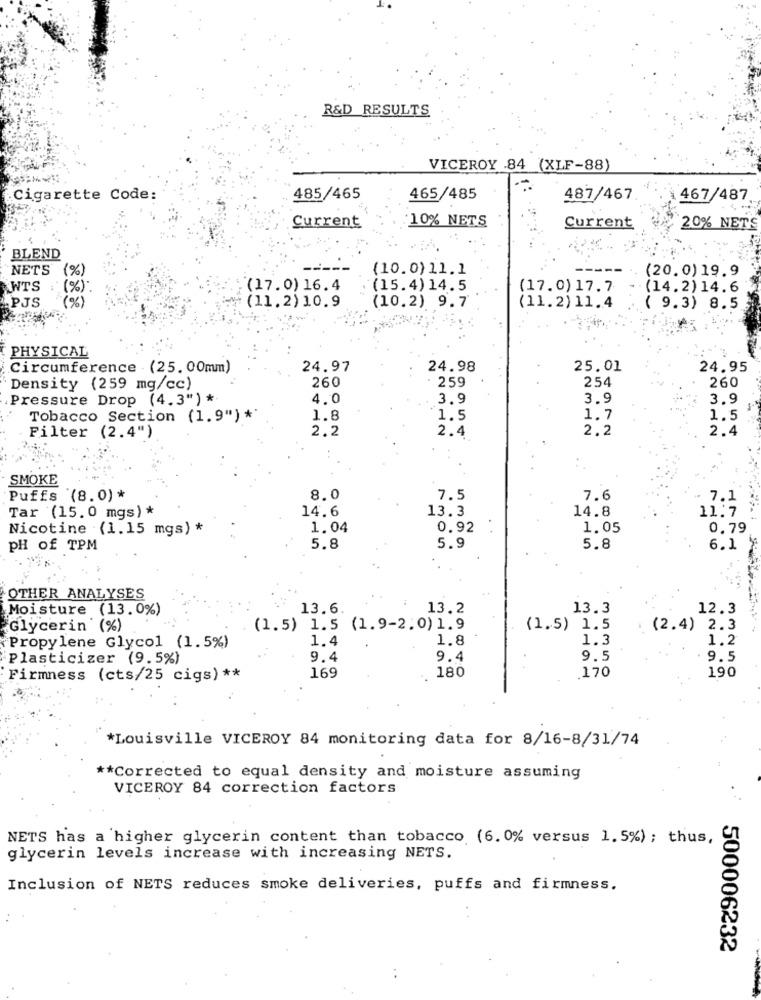
R&D RESULTS
VICEROY .84 (XLF-88)
Cigarette Code:
485/465
465/485
487/467
467/487
:10% NETS
Current
Current
20% NETS
BLEND
NETS (%)
(10.0) 11.1
(20.0) 19.9
WTS
(%)
(17.0) 16.4
(15.4) 14.5
(17.0) 17.7
(14.2) 14.6
PJS
(11.2) 10.9
(10.2) 9.7
(11.2) 11.4
( 9.3) 8.5
PHYSICAL
Circumference . (25. 00mm)
24.97
24.98
25.01
24.95
260
2,59
254
Density (259 mg/cc)
260
Pressure Drop (4.3") *
4.0
3.9
3.9
3.9
Tobacco Section (1.9") *
1.8
1.5
1.7
1.5
2.2
2.4
2.2
2.4
Filter (2.4")
SMOKE
Puffs (8.0)*
8.0
7.5
7.6
7.1
Tar (15.0 mgs) *
14.6
13.3
14.8
11:7
Nicotine (1.15 mgs) *
1.04
0.92
1.05
0.79
PH of TPM
5.8
5.9
5.8
6.1
OTHER ANALYSES
Moisture (13.0%)
13.6.
13.2
13.3
12.3
Glycerin (%)
(1.5) 1.5 (1.9-2.0) 1.9
(1.5) 1.5
(2.4) 2.3
1.4
1.8
1.3
1.2
Propylene Glycol (1.5%)
Plasticizer (9.5%)
9.4
9.4
9.5
9.5
180
Firmness (cts/25 cigs) **
169
170
190
*Louisville VICEROY 84 monitoring data for 8/16-8/31/74
** Corrected to equal density and moisture assuming
VICEROY 84 correction factors
NETS has a higher glycerin content than tobacco (6.0% versus 1.5%) ; thus,
glycerin levels increase with increasing NETS.
Inclusion of NETS reduces smoke deliveries, puffs and firmness.
500006232